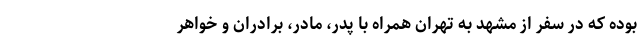
بوده که در سفر از مشهد به تهران همراه با پدر، مادر، برادران و خواهر